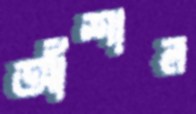
আঁশাল